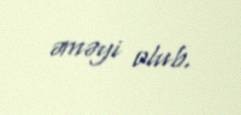
əməyi olub.